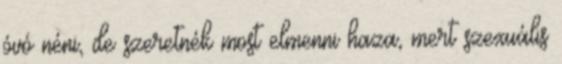
óvó néni, de szeretnék most elmenni haza, mert szexuális